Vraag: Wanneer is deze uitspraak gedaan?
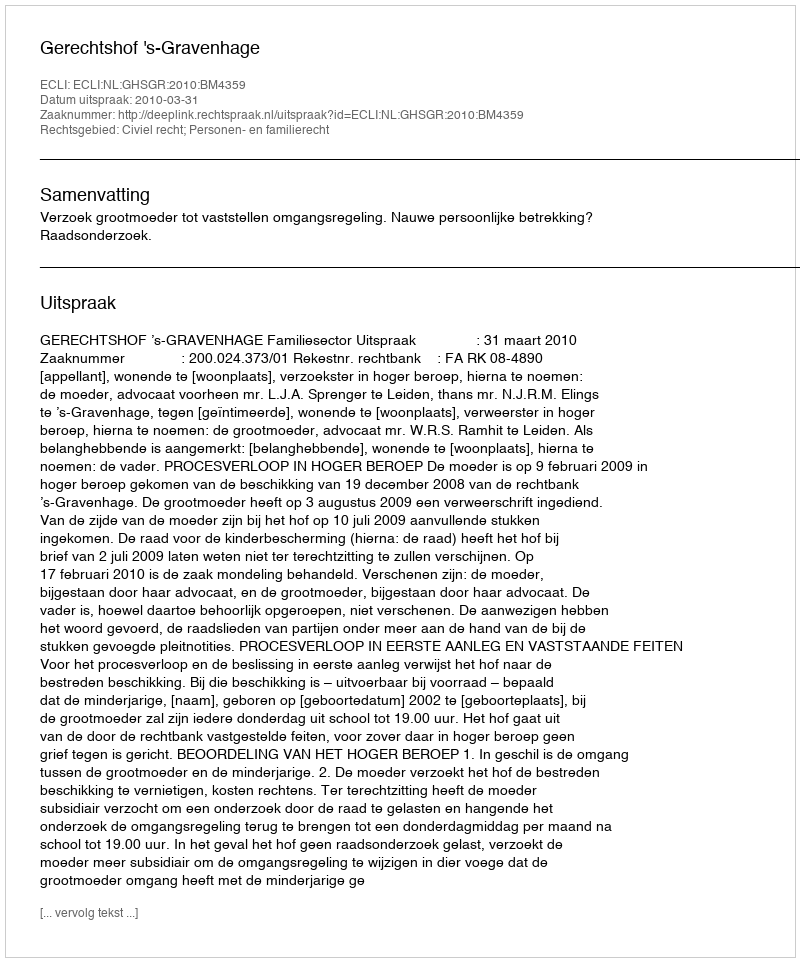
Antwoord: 2010-03-31